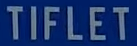
TIFLET